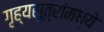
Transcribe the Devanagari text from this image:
गृह्यसूत्रांमध्ये